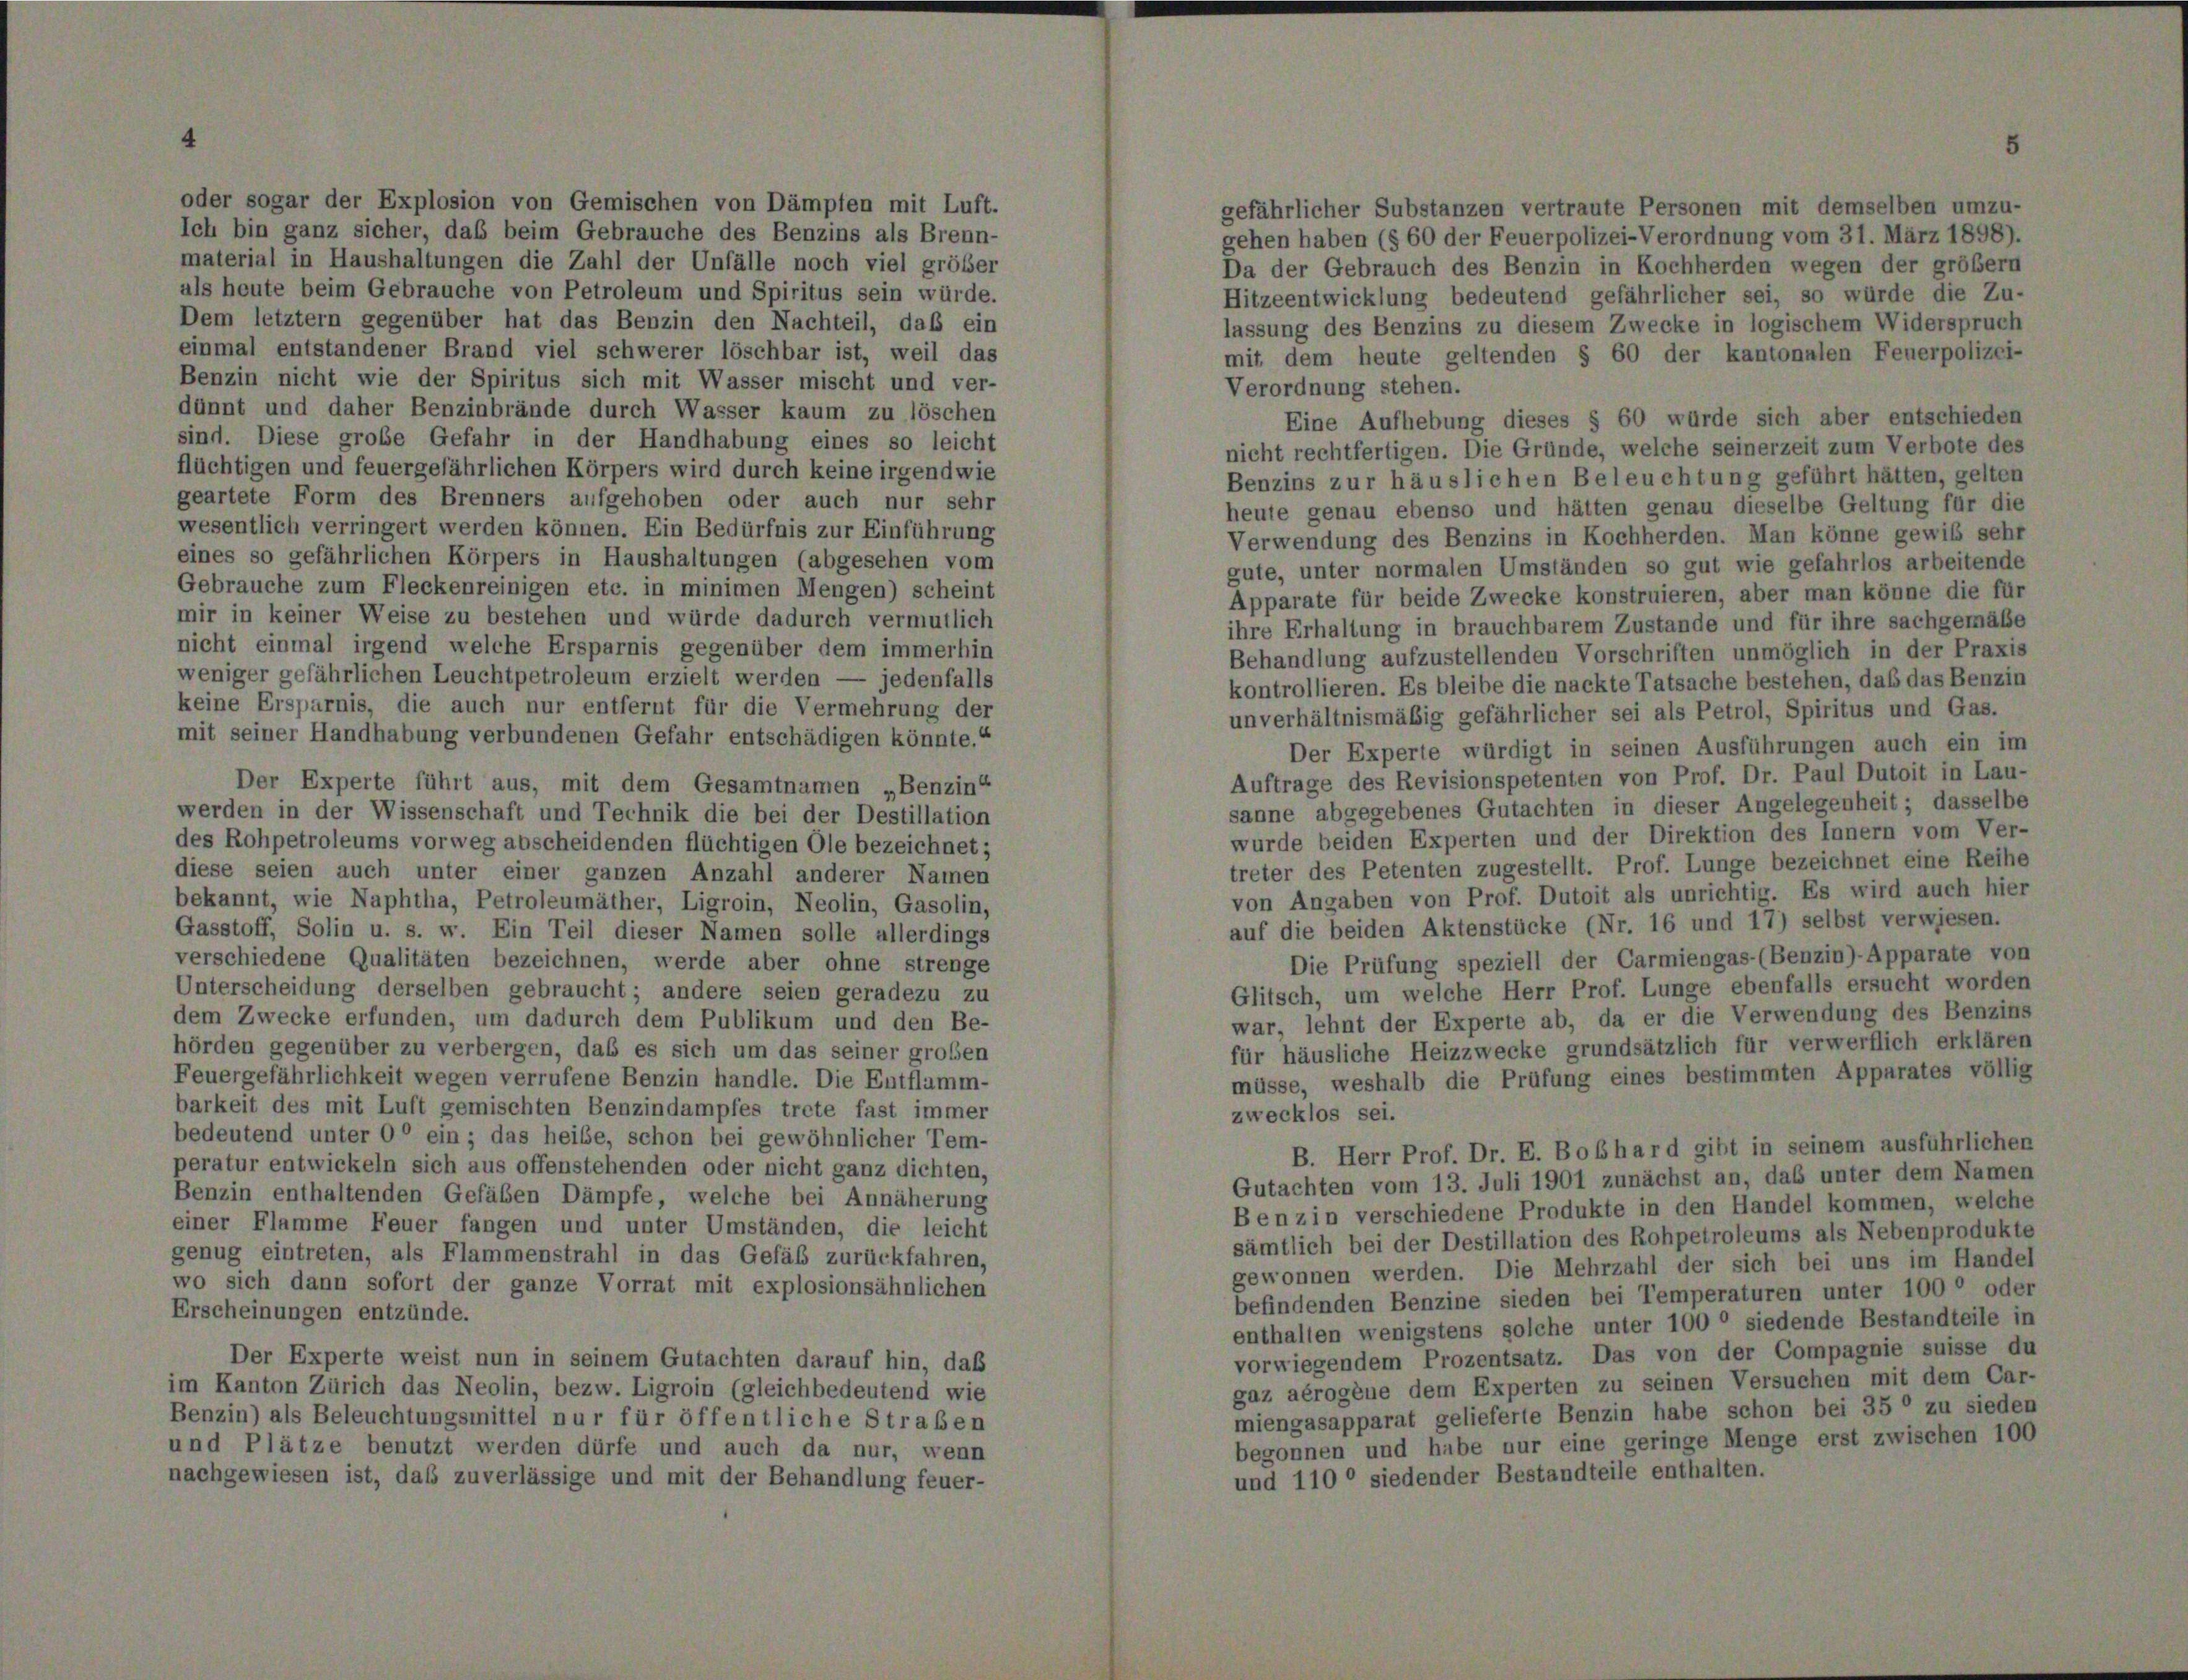
Ich bin ganz sicher, das beim Gebrauche des Benzins als Brenn-
material in Haushaltungen die Zahl der Unfälle noch viel größer
als heute beim Gebrauche von Petroleum und Spiritus sein würde.
Dem letztem gegenüber hat das Benzin den Nachteil, daß ein
einmal entstandener Brand viel schwerer löschbar ist, weil das
Benzin nicht wie der Spiritus sich mit Wasser mischt und ver-
dünnt und daher Benzinbrände durch Wasser kaum zu löschen
sind. Diese große Gefahr in der Handhabung eines so leicht
flüchtigen und feuergefährlichen Körpers wird durch keine irgendwie
geartete Form des Brenners aufgehoben oder auch nur sehr
wesentlich verringert werden können. Ein Bedürfnis zur Einführung
eines so gefährlichen Körpers in Haushaltungen (abgesehen vom
Gebrauche zum Fleckenreinigen etc. in minimen Mengen) scheint
mir in keiner Weise zu bestehen und würde dadurch vermutlich
nicht einmal irgend welche Ersparnis gegenüber dem immerhin
weniger gefährlichen Leuchtpetroleum erzielt werden
- jedenfalls
keine Ersparnis, die auch nur entfernt für die Vermehrung der
mit seiner Handhabung verbundenen Gefahr entschädigen könnte.“
Der Experte führt aus, mit dem Gesamtnamen „Benzin“
werden in der Wissenschaft und Technik die bei der Destillation
des Rohpetroleums vorweg abscheidenden flüchtigen Ole bezeichnet;
diese seien auch unter einer ganzen Anzahl anderer Namen
bekannt, wie Naphtha, Petroleumäther, Ligroin, Neolin, Gasolin,
Gasstoff, Solin u. s. w. Ein Teil dieser Namen solle allerdings
verschiedene Qualitäten bezeichnen, werde aber ohne strenge
Unterscheidung derselben gebraucht; andere seien geradezu zu
dem Zwecke erfunden, um dadurch dem Publikum und den Be-
hörden gegenüber zu verbergen, daß es sich um das seiner großen
Feuergefährlichkeit wegen verrufene Benzin handle. Die Entflamm-
barkeit des mit Luft gemischten Benzindampfes trete fast immer
bedeutend unter 0° ein; das heibe, schon bei gewöhnlicher Tem-
peratur entwickeln sich aus offenstehenden oder nicht ganz dichten,
Benzin enthaltenden Gefäßen Dämpfe, welche bei Annäherung
einer Flamme Feuer fangen und unter Umständen, die leicht
genug eintreten, als Flammenstrahl in das Gefäß zurückfahren,
wo sich dann sofort der ganze Vorrat mit explosionsähnlichen
Erscheinungen entzünde.
Der Experte weist nun in seinem Gutachten darauf hin, daß
im Kanton Zürich das Neolin, bezw. Ligroin (gleichbedeutend wie
Benzin) als Beleuchtungsmittel nur für öffentliche Straßen
und Plätze benutzt werden dürfe und auch da nur, wenn
nachgewiesen ist, daß zuverlässige und mit der Behandlung feuer-

ehen haben (§ 60 der Feuerpolizei-Verordnung vom 31. März 1898).
a der Gebrauch des Benzin in Kochherden wegen der größer
itzeentwicklung bedeutend gefährlicher sei, so würde die Zu-
issung des Benzins zu diesem Zwecke in logischem Widerspruch
nit dem heute geltenden § 60 der kantonalen Feuerpolizei-
erordnung stehen.
Eine Aufhebung dieses § 60 wurde sich aber entschieden
icht rechtfertigen. Die Gründe, welche seinerzeit zum Verbote des
enzins zur häuslichen Beleuchtung geführt hätten, gelten
eute genau ebenso und hätten genau dieselbe Geltung für die
erwendung des Benzins in Kochherden. Man könne gewiß sehr
gute, unter normalen Umständen so gut wie gefahrlos arbeitende
Apparate für beide Zwecke konstruieren, aber man könne die für
hre Erhaltung in brauchbarem Zustande und für ihre sachgemäße
behandlung aufzustellenden Vorschriften unmöglich in der Praxis
controllieren. Es bleibe die nackte Tatsache bestehen, daß das Benzin
inverhältnismäßig gefährlicher sei als Petrol, Spiritus und Gas.
Der Experte würdigt in seinen Ausführungen auch ein im
Auftrage des Revisionspetenten von Prof. Dr. Paul Dutoit in Lau-
anne abgegebenes Gutachten in dieser Angelegenheit; dasselbe
wurde beiden Experten und der Direktion des Innern vom Ver-
reter des Petenten zugestellt. Prof. Lunge bezeichnet eine Reihe
von Angaben von Prof. Dutoit als unrichtig. Es wird auch hier
auf die beiden Aktenstücke (Nr. 16 und 17) selbst verwiesen.
Die Prüfung speziell der Carmiengas- (Benzin)- Apparate von
flitsch, um welche Herr Prof. Lunge ebenfalls ersucht worden
var, lehnt der Experte ab, da er die Verwendung des Benzins
für häusliche Heizzwecke grundsätzlich für verwerflich erklären
müsse, weshalb die Prüfung eines bestimmten Apparates völlig
zwecklos sei.
B. Herr Prof. Dr. E. Boßhard gibt in seinem ausführlichen
Gutachten vom 13. Juli 1901 zunächst an, das unter dem Namen
Benz in verschiedene Produkte in den Handel kommen, welche
sämtlich bei der Destillation des Rohpetroleums als Nebenprodukte
gewonnen werden. Die Mehrzahl der sich bei uns im Handel
befindenden Benzine sieden bei Temperaturen unter 1000 oder
nthalten wenigstens solche unter 1000 siedende Bestandteile in
vorwiegendem Prozentsatz. Das von der Compagnie suisse du
gaz aérogène dem Experten zu seinen Versuchen mit dem Car-
niengasapparat gelieferte Benzin habe schon bei 350 zu sieder
begonnen und habe nur eine geringe Menge erst zwischen 100
ind 110° siedender Bestandteile enthalten.